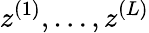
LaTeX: z^{(1)},\ldots,z^{(L)}